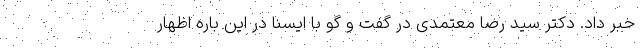
خبر داد. دکتر سید رضا معتمدی در گفت و گو با ایسنا در این باره اظهار